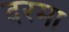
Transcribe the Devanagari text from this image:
दरमा